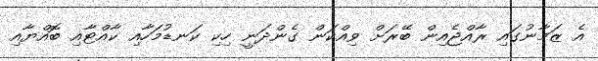
އެ ޒަމާނުގައި ރާއްޖެއިން ބޭރަށް ވިއްކަން ގެންދަނީ ހިކި ކަނޑުމަހާއި ކާއްޓާއި ބޮއްޔާއި